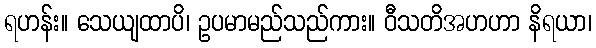
ရဟန်း။ သေယျထာပိ၊ ဥပမာမည်သည်ကား။ ဝီသတိအဟဟာ နိရယာ၊